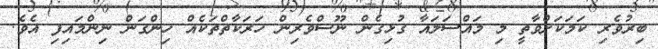
ބިރުވެރި ކަމަކަށްވާތީ މި މައްސަލައާ ގުޅިގެން ނޫސްވެރިން ހަރަކާތްތަކެއް ހިންގަން ނިންމައިފި އެވެ.